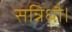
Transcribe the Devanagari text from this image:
सन्निधौ।